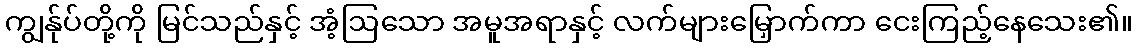
ကျွန်ုပ်တို့ကို မြင်သည်နှင့် အံ့ဩသော အမူအရာနှင့် လက်များမြှောက်ကာ ငေးကြည့်နေသေး၏။